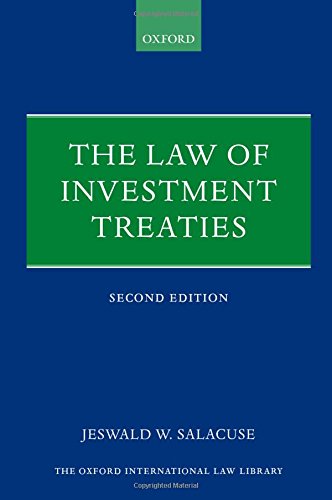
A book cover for The Law of Investment Treaties (Oxford International Law Library); Jeswald W. Salacuse; Law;